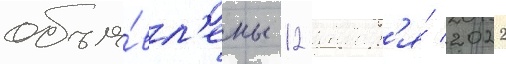
объя́вл'ены 12 январ'я́ 2022